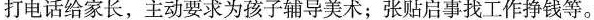
打电话给家长，主动要求为孩子辅导美术；张贴启事找工作挣钱等。